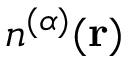
n ^ { ( \alpha ) } ( \mathbf { r } )